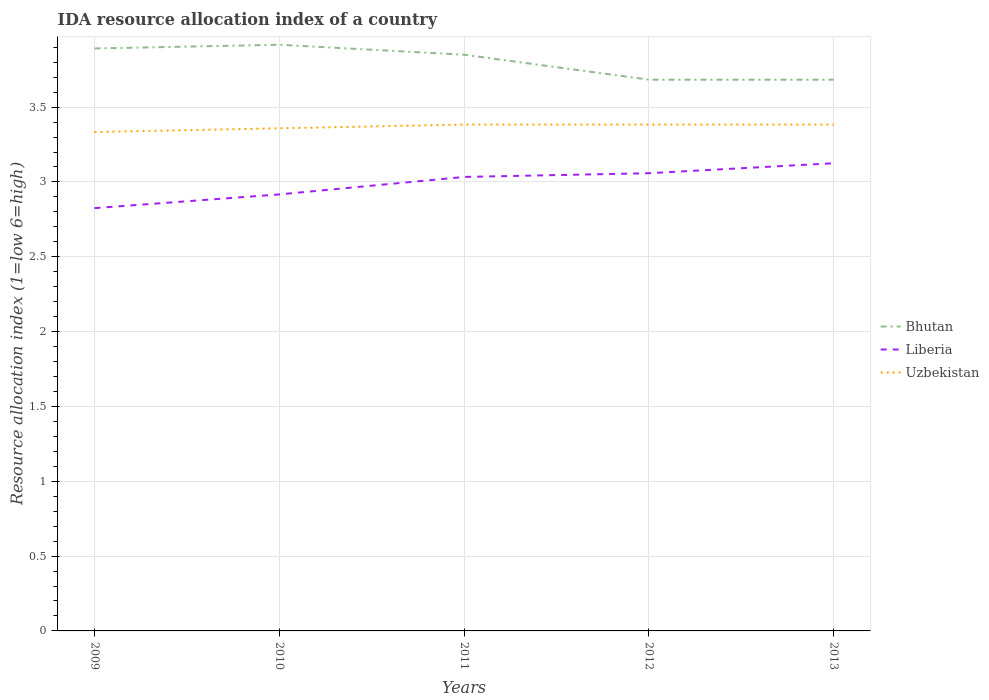
| Years | Bhutan | Liberia | Uzbekistan |
 | --- | --- | --- | --- |
 | 2009 | 3.89 | 2.83 | 3.33 |
 | 2010 | 3.92 | 2.92 | 3.36 |
 | 2011 | 3.85 | 3.03 | 3.38 |
 | 2012 | 3.68 | 3.06 | 3.38 |
 | 2013 | 3.68 | 3.12 | 3.38 |